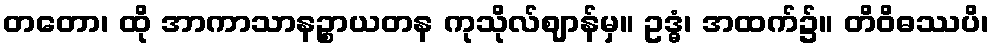
တတော၊ ထို အာကာသာနဉ္စာယတန ကုသိုလ်ဈာန်မှ။ ဥဒ္ဓံ၊ အထက်၌။ တိဝိဓဿပိ၊